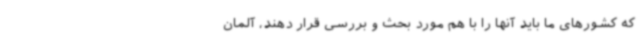
که کشورهای ما باید آنها را با هم مورد بحث و بررسی قرار دهند، آلمان